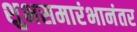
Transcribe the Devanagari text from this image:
शुभसमारंभानंतर